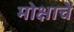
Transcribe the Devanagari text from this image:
मोक्षाचें